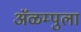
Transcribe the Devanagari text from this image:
ॲळम्पुला